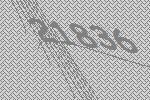
21836